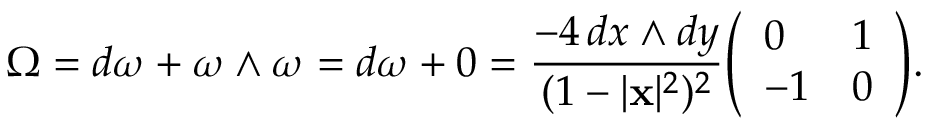
\Omega = d \omega + \omega \wedge \omega = d \omega + 0 = { \frac { - 4 \, d x \wedge d y } { ( 1 - | \mathbf { x } | ^ { 2 } ) ^ { 2 } } } { \left( \begin{array} { l l } { 0 } & { 1 } \\ { - 1 } & { 0 } \end{array} \right) } .